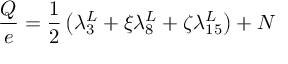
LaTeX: \frac { Q } { e } = \frac { 1 } { 2 } \left( \lambda _ { 3 } ^ { L } + \xi \lambda _ { 8 } ^ { L } + \zeta \lambda _ { 1 5 } ^ { L } \right) + N